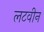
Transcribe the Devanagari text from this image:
लटवीन